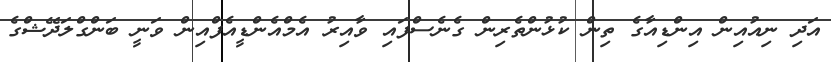
އަދި ނިއުއިން އިންޑިއާގެ ތިން ކުޅުންތެރިން ގެނެސްފައި ވާއިރު އެމްއެންޑީއެފްއިން ވަނީ ބަންގްލަދޭޝްގެ